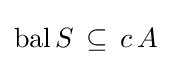
\operatorname {bal} S\,\subseteq \,c\,A